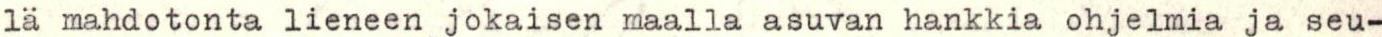
lä mahdotonta lieneen jokaisen maalla asuvan hankkia ohjelmia ja seu-